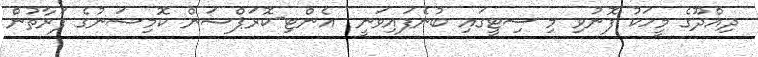
ދިއްދޫގެ މީހަކު ފޮނުވި މި ސިޓީގައި ބުނެފައިވަނީ  އެންޓި-ކޮރަޕްޝަން ކޮމިޝަނުގެ ފަރާތުން